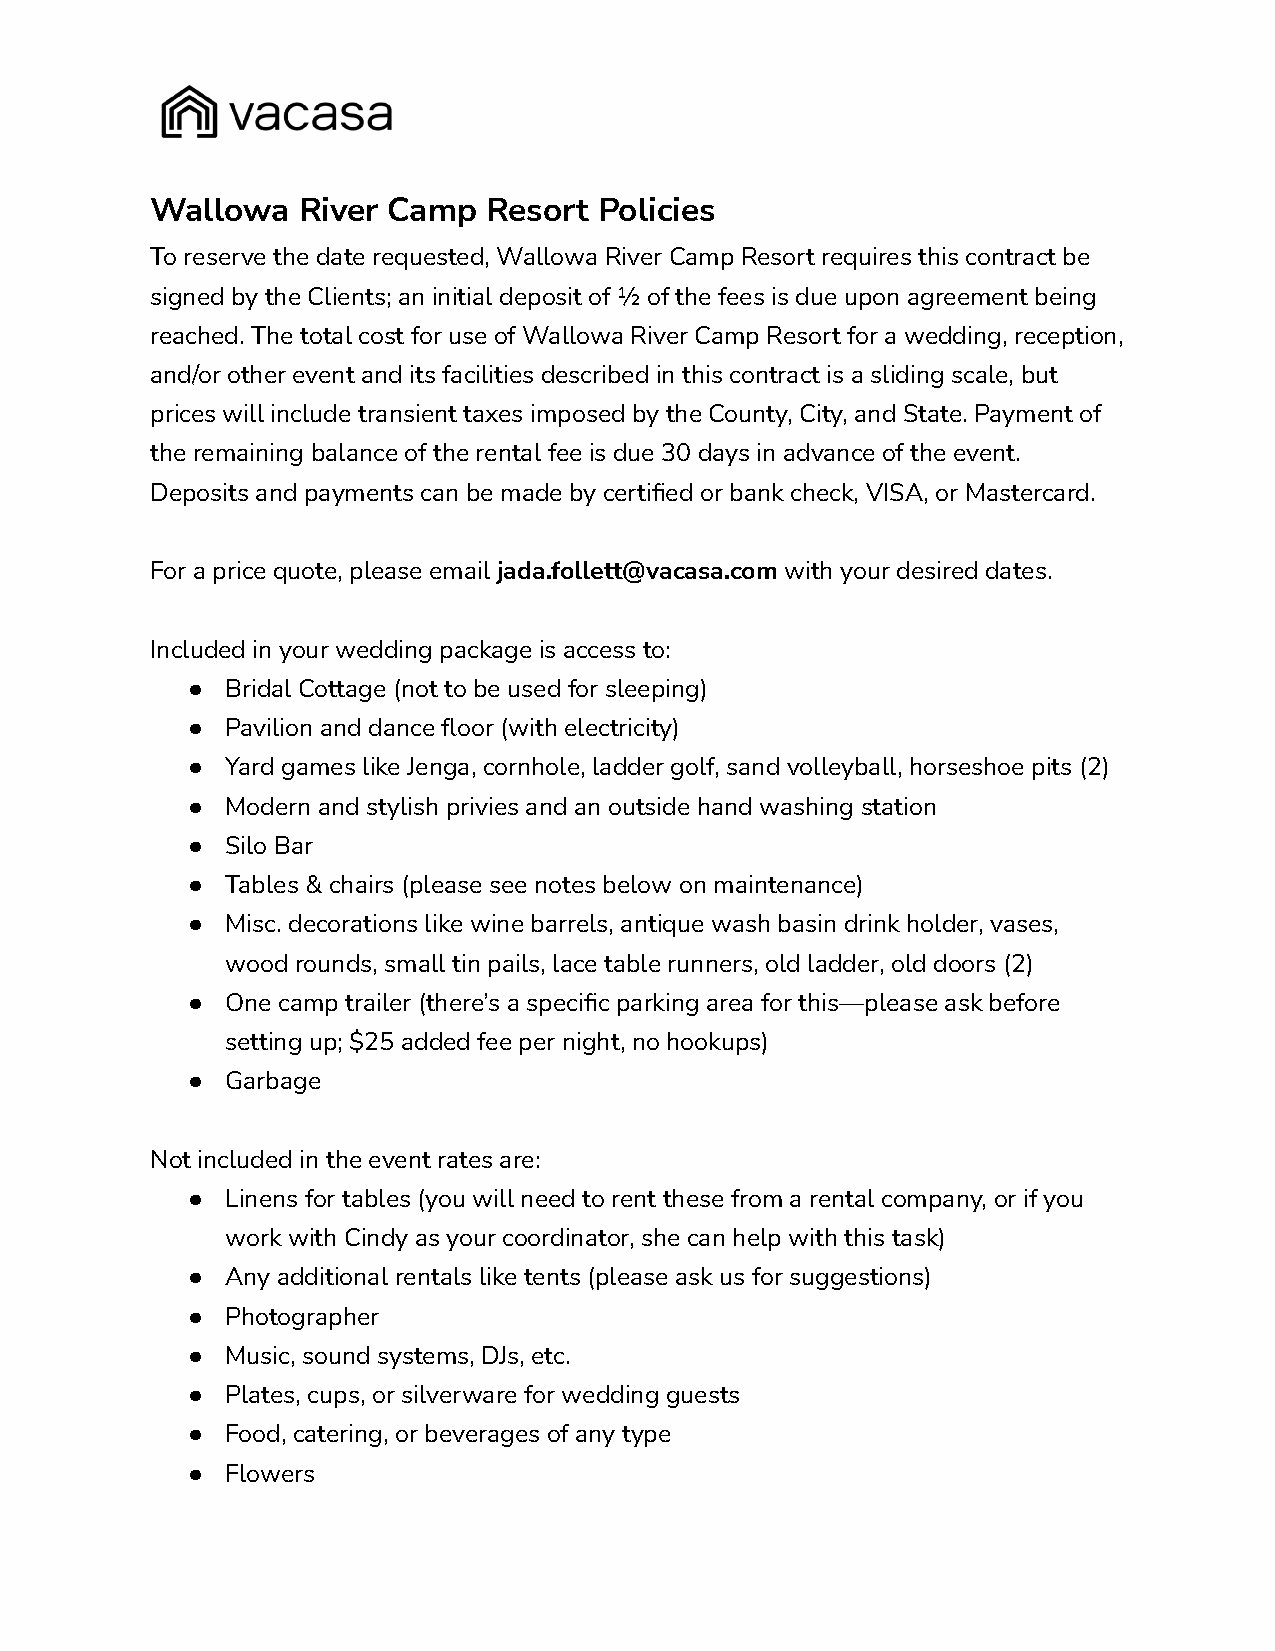
Wallowa   River Camp  Resort  Policies
 To reserve the date requested, Wallowa River Camp Resort requires this contract be
 signed by the Clients; an initial deposit of ½ of the fees is due upon agreement being
 reached. The total cost for use of Wallowa River Camp Resort for a wedding, reception,
 and/or other event and its facilities described in this contract is a sliding scale, but
 prices will include transient taxes imposed by the County, City, and State. Payment of
 the remaining balance of the rental fee is due 30 days in advance of the event.
 Deposits and payments can be made by certified or bank check, VISA, or Mastercard.
 For a price quote, please email jada.follett@vacasa.com with your desired dates.
 Included in your wedding package is access to:
 ●  Bridal Cottage (not to be used for sleeping)
 ●  Pavilion and dance floor (with electricity)
 ●  Yard games like Jenga, cornhole, ladder golf, sand volleyball, horseshoe pits (2)
 ●  Modern and stylish privies and an outside hand washing station
 ●  Silo Bar
 ●  Tables & chairs (please see notes below on maintenance)
 ●  Misc. decorations like wine barrels, antique wash basin drink holder, vases,
 wood rounds, small tin pails, lace table runners, old ladder, old doors (2)
 ●  One camp trailer (there’s a specific parking area for this—please ask before
 setting up; $25 added fee per night, no hookups)
 ●  Garbage
 Not included in the event rates are:
 ●  Linens for tables (you will need to rent these from a rental company, or if you
 work with Cindy as your coordinator, she can help with this task)
 ●  Any additional rentals like tents (please ask us for suggestions)
 ●  Photographer
 ●  Music, sound systems, DJs, etc.
 ●  Plates, cups, or silverware for wedding guests
 ●  Food, catering, or beverages of any type
 ●  Flowers